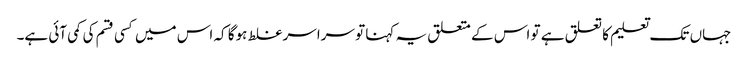
جہاں تک تعلیم کا تعلق ہے تو اس کے متعلق یہ کہنا تو سراسر غلط ہوگا کہ اس میں کسی قسم کی کمی آئی ہے۔